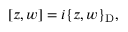
[ z , w ] = i \{ z , w \} _ { \mathrm { D } } ,